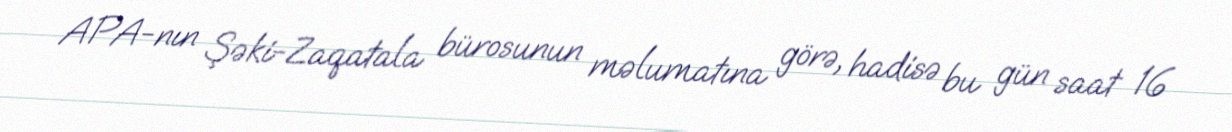
APA-nın Şəki-Zaqatala bürosunun məlumatına görə, hadisə bu gün saat 16